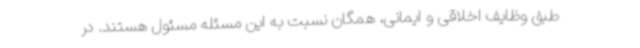
طبق وظایف اخلاقی و ایمانی، همگان نسبت به این مسئله مسئول هستند. در